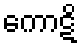
ကောဋိ